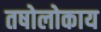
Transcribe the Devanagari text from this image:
तषोलोकाय